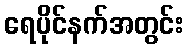
ရေပိုင်နက်အတွင်း